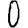
Digit: 0